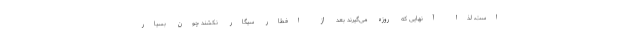
است، لذا آنهایی که روزه می‌گیرند بعد از افطار سیگار نکشند چون بسیار